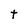
Character: t